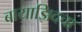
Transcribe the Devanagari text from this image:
बायाझिदचा